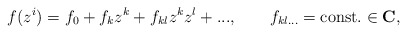
\begin{align*}f(z^i)=f_0+f_k z^k+ f_{kl}z^k z^l+..., \qquad f_{kl...}={\rm const.} \in {\bf C},\end{align*}